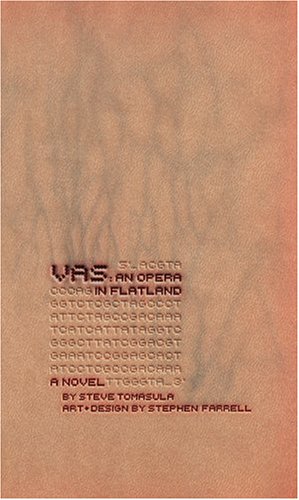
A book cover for VAS: An Opera in Flatland: A Novel. By Steve Tomasula. Art and Design by Stephen Farrell.; Steve Tomasula; Science Fiction & Fantasy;